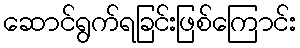
ဆောင်ရွက်ရခြင်းဖြစ်ကြောင်း